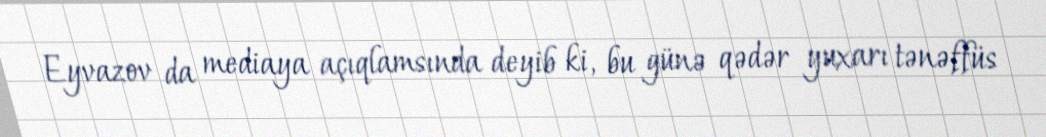
Eyvazov da mediaya açıqlamsında deyib ki, bu günə qədər yuxarı tənəffüs